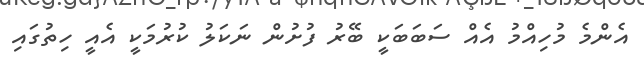
އެންމެ މުހިއްމު އެއް ސަބަބަކީ ބޭރު ފުށުން ނަކަލު ކުރުމަކީ އެއީ ހިތުގައި